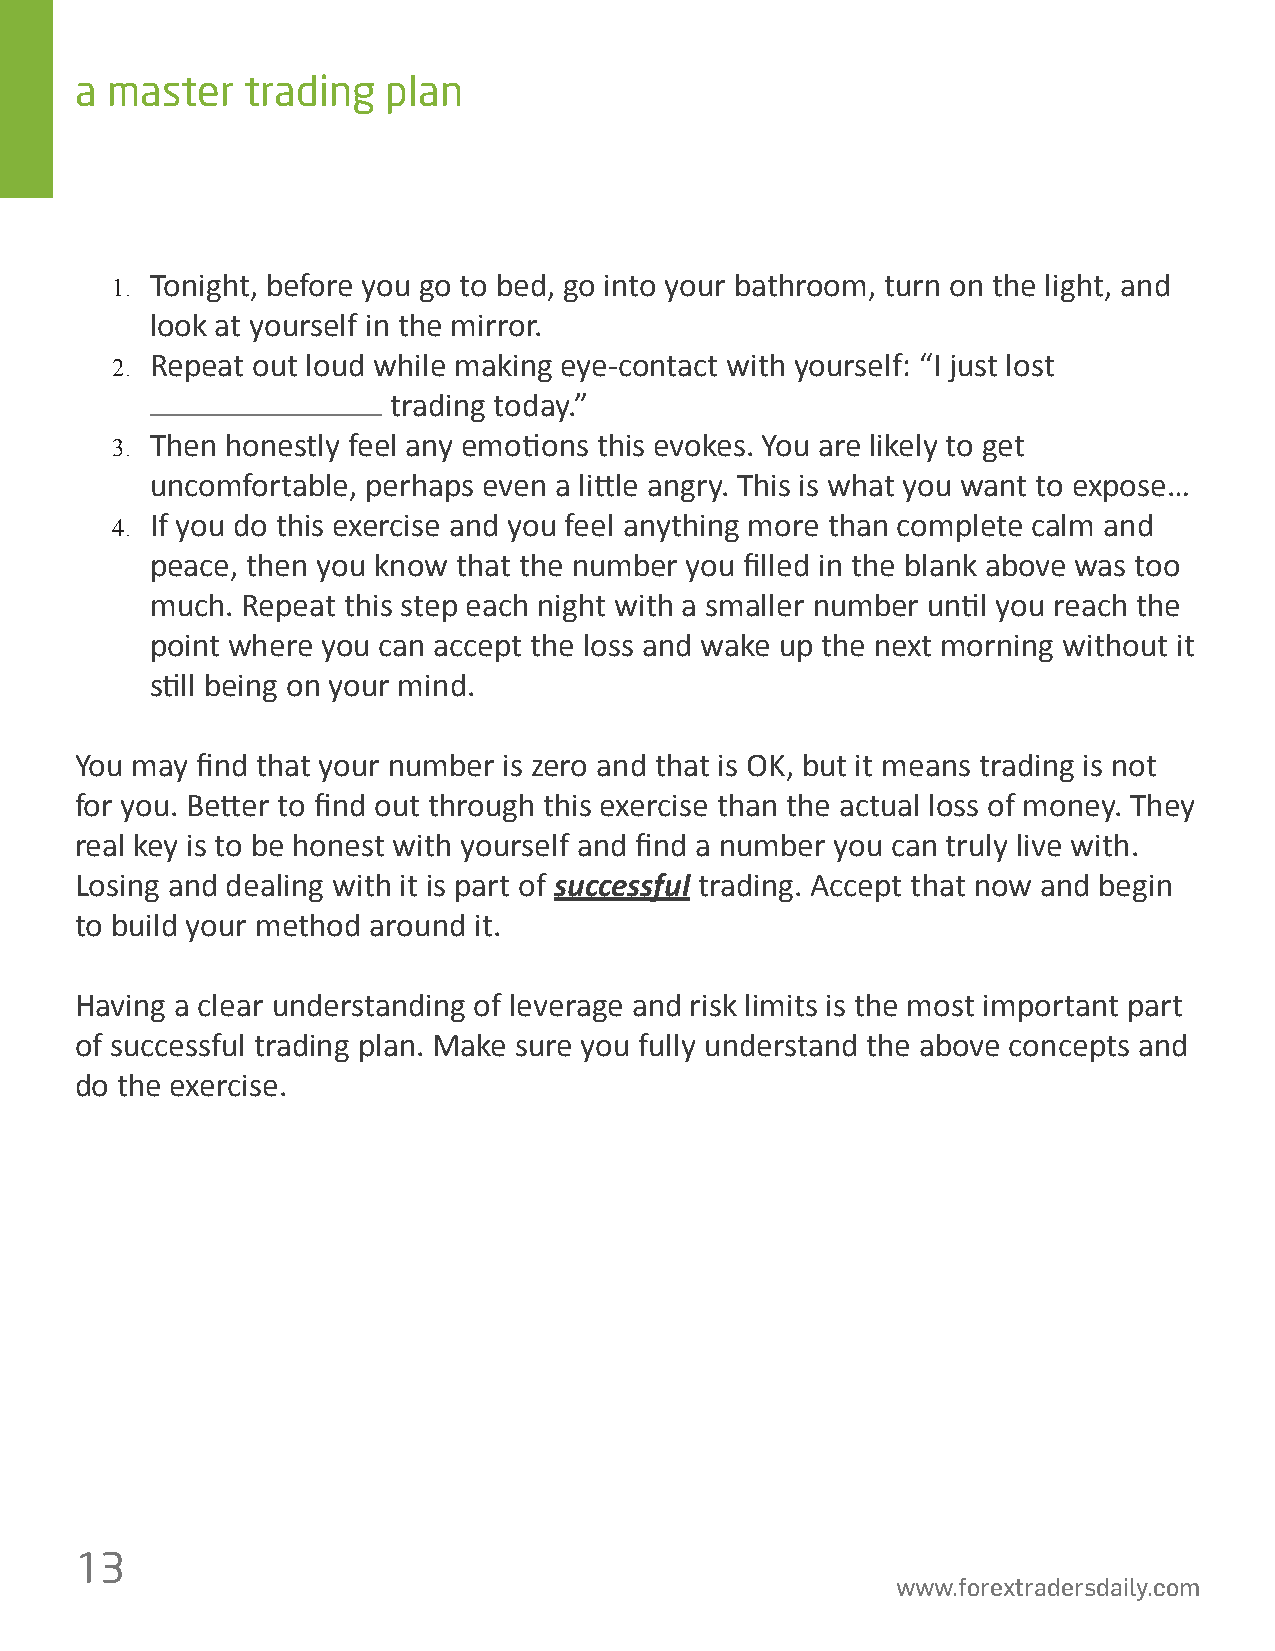
a master   trading   plan
 1. Tonight, before you go to bed, go into your bathroom, turn on the light, and
 look at yourself in the mirror.
 2. Repeat out loud while making eye-contact with yourself: “I just lost
 trading today.”
 3. Then honestly feel any emo琀椀ons this evokes. You are likely to get
 uncomfortable, perhaps even a li琀琀le angry. This is what you want to expose…
 4. If you do this exercise and you feel anything more than complete calm and
 peace, then you know that the number you 昀椀lled in the blank above was too
 much. Repeat this step each night with a smaller number un琀椀l you reach the
 point where you can accept the loss and wake up the next morning without it
 s琀椀ll being on your mind.
 You may 昀椀nd that your number is zero and that is OK, but it means trading is not
 for you. Be琀琀er to 昀椀nd out through this exercise than the actual loss of money. They
 real key is to be honest with yourself and 昀椀nd a number you can truly live with.
 Losing and dealing with it is part of successful trading. Accept that now and begin
 to build your method around it.
 Having a clear understanding of leverage and risk limits is the most important part
 of successful trading plan. Make sure you fully understand the above concepts and
 do the exercise.
 13
 www.forextradersdaily.com